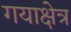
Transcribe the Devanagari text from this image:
गयाक्षेत्र